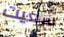
سعيت